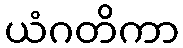
ယံဂတိကာ